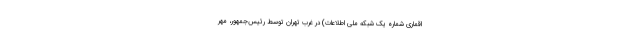
اقماری شماره یک شبکه ملی اطلاعات) در غرب تهران توسط رئیس‌جمهور، مهر